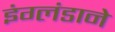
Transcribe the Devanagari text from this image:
इंग्लंडाने